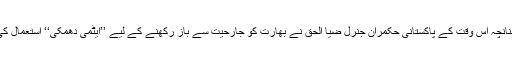
چنانچہ اُس وقت کے پاکستانی حکمران جنرل ضیا الحق نے بھارت کو جارحیت سے باز رکھنے کے لیے ’’ایٹمی دھمکی‘‘ استعمال کی۔